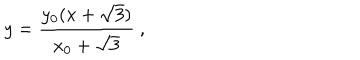
y = \frac { y _ { 0 } ( x + \sqrt { 3 } ) } { x _ { 0 } + \sqrt { 3 } } \ ,